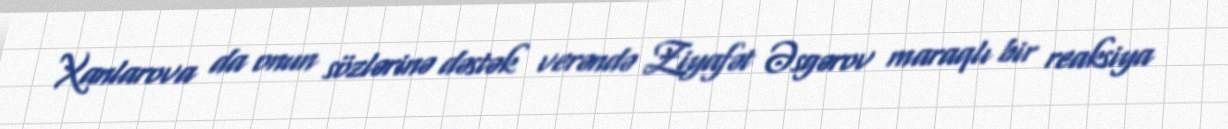
Xanlarova da onun sözlərinə dəstək verəndə Ziyafət Əsgərov maraqlı bir reaksiya